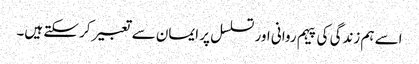
اسے ہم زندگی کی پیہم روانی اور تسلسل پر ایمان سے تعبیر کر سکتے ہیں۔